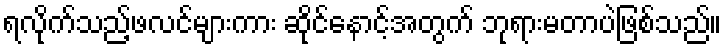
ရလိုက်သည့်ဖလင်များကား ဆိုင်နောင့်အတွက် ဘုရားမတာပဲဖြစ်သည်။